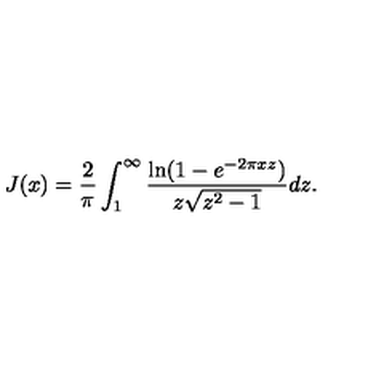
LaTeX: J ( x ) = \frac { 2 } { \pi } \int _ { 1 } ^ { \infty } \frac { \ln ( 1 - e ^ { - 2 \pi x z } ) } { z \sqrt { z ^ { 2 } - 1 } } d z .